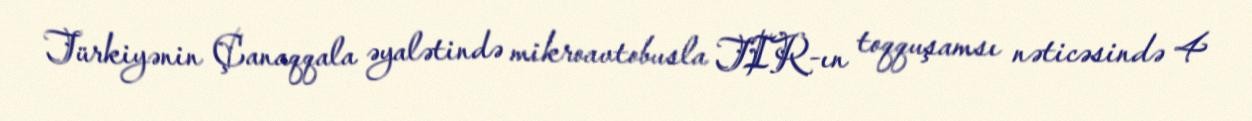
Türkiyənin Çanaqqala əyalətində mikroavtobusla TIR-ın toqquşamsı nəticəsində 4